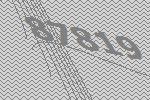
87819